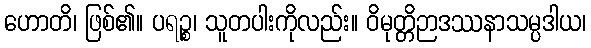
ဟောတိ၊ ဖြစ်၏။ ပရဉ္စ၊ သူတပါးကိုလည်း။ ဝိမုတ္တိဉာဒဿနာသမ္ပဒါယ၊